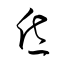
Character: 昏